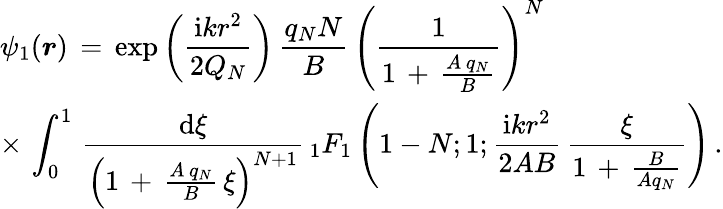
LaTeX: \begin{array}{l}{\displaystyle\psi_{1}(\boldsymbol{r})\, =\, \exp\left(\frac{\mathrm{i}kr^{2}}{2Q_{N}}\right)\, \frac{q_{N}N}{B}\, \left(\frac{1}{1\, +\, \frac{A\, q_{N}}{B}}\right)^{N}\, }\\ {\displaystyle\times\, \int_{0}^{1}\, \frac{\mathrm{d}\xi}{\left(1\, +\, \frac{A\, q_{N}}{B}\, \xi\right)^{N+1}}\, _{1}F_{1}\left(1-N;1;\frac{\mathrm{i}kr^{2}}{2AB}\, \frac\xi{1\, +\, \frac B{Aq_{N}}}\right)\, .}\end{array}